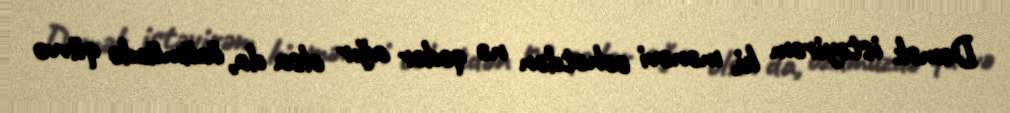
Demək istəyirəm ki, mənəvi cəhətdən nə qədər ağır olsa da, özümüzdə qüvvə